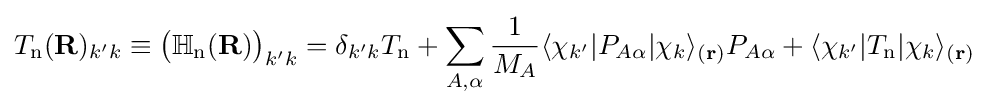
T_{\text{n}}(\mathbf {R} )_{k'k}\equiv {\big (}\mathbb {H} _{\text{n}}(\mathbf {R} ){\big )}_{k'k}=\delta _{k'k}T_{\text{n}}+\sum _{A,\alpha }{\frac {1}{M_{A}}}\langle \chi _{k'}|P_{A\alpha }|\chi _{k}\rangle _{(\mathbf {r} )}P_{A\alpha }+\langle \chi _{k'}|T_{\text{n}}|\chi _{k}\rangle _{(\mathbf {r} )}